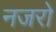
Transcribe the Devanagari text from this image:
नजरो